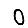
Digit: 0